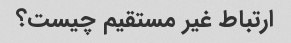
ارتباط غیر مستقیم چیست؟